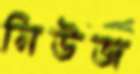
নিউজ